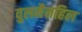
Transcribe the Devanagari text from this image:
वुलमैनहिल